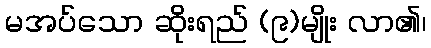
မအပ်သော ဆိုးရည် (၉)မျိုး လာ၏၊